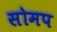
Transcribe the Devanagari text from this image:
सोमप